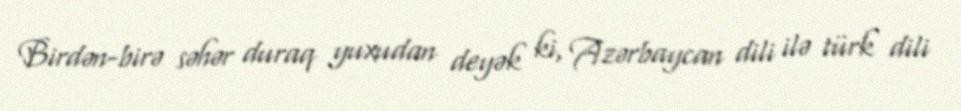
Birdən-birə səhər duraq yuxudan deyək ki, Azərbaycan dili ilə türk dili